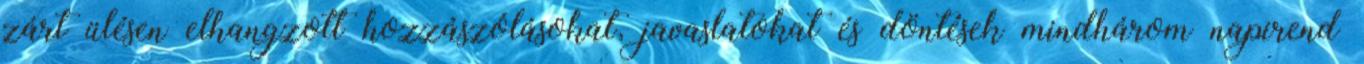
zárt ülésen elhangzott hozzászólásokat, javaslatokat és döntések mindhárom napirend